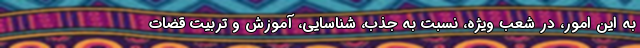
به این امور، در شعب ویژه، نسبت به جذب، شناسایی، آموزش و تربیت قضات